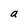
Character: a